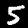
Label: 5